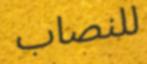
للنصاب